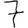
Digit: 7